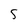
Character: 5